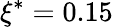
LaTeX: \xi^{*}=0.15